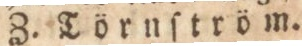
Z. Törnſtröm.